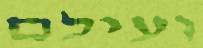
ועילם